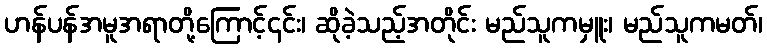
ဟန်ပန်အမူအရာတို့ကြောင့်၄င်း၊ ဆိုခဲ့သည့်အတိုင်း မည်သူကမှူး၊ မည်သူကမတ်၊